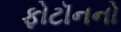
ફોટૉનનો